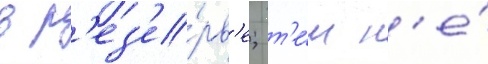
в р'ез'е́рв'е; т'е́м н'е́